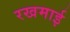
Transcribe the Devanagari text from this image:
रखमाई